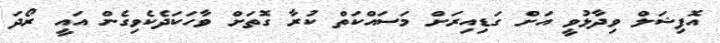
އޮފިޝަލް ވިދާޅުވީ އަށް ގަޑިއިރަށް މަސައްކަތް ކުރާ ގޮތަށް ވާހަކަދެކެވިގެން އައީ ރޯދަަ